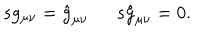
LaTeX: \begin{array} { l l } { { s g _ { \mu \nu } = \hat { g } _ { \mu \nu } ~ } } & { { ~ s \hat { g } _ { \mu \nu } = 0 . } } \\ \end{array}